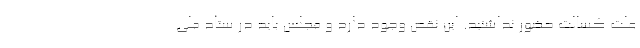
علت کسالت حضور نداشتید. این نقص وجود دارد و مجلس باید در ستاد ملی